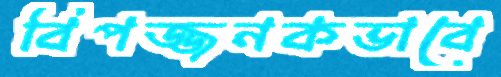
বিপজ্জনকভাবে